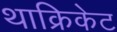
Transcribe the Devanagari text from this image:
थाक्रिकेट